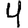
Digit: 4